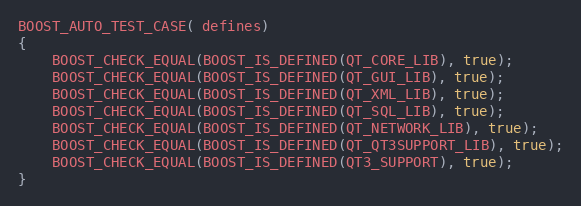
Language: C++
BOOST_AUTO_TEST_CASE( defines)
{
    BOOST_CHECK_EQUAL(BOOST_IS_DEFINED(QT_CORE_LIB), true);
    BOOST_CHECK_EQUAL(BOOST_IS_DEFINED(QT_GUI_LIB), true);
    BOOST_CHECK_EQUAL(BOOST_IS_DEFINED(QT_XML_LIB), true);
    BOOST_CHECK_EQUAL(BOOST_IS_DEFINED(QT_SQL_LIB), true);
    BOOST_CHECK_EQUAL(BOOST_IS_DEFINED(QT_NETWORK_LIB), true);
    BOOST_CHECK_EQUAL(BOOST_IS_DEFINED(QT_QT3SUPPORT_LIB), true);
    BOOST_CHECK_EQUAL(BOOST_IS_DEFINED(QT3_SUPPORT), true);
}